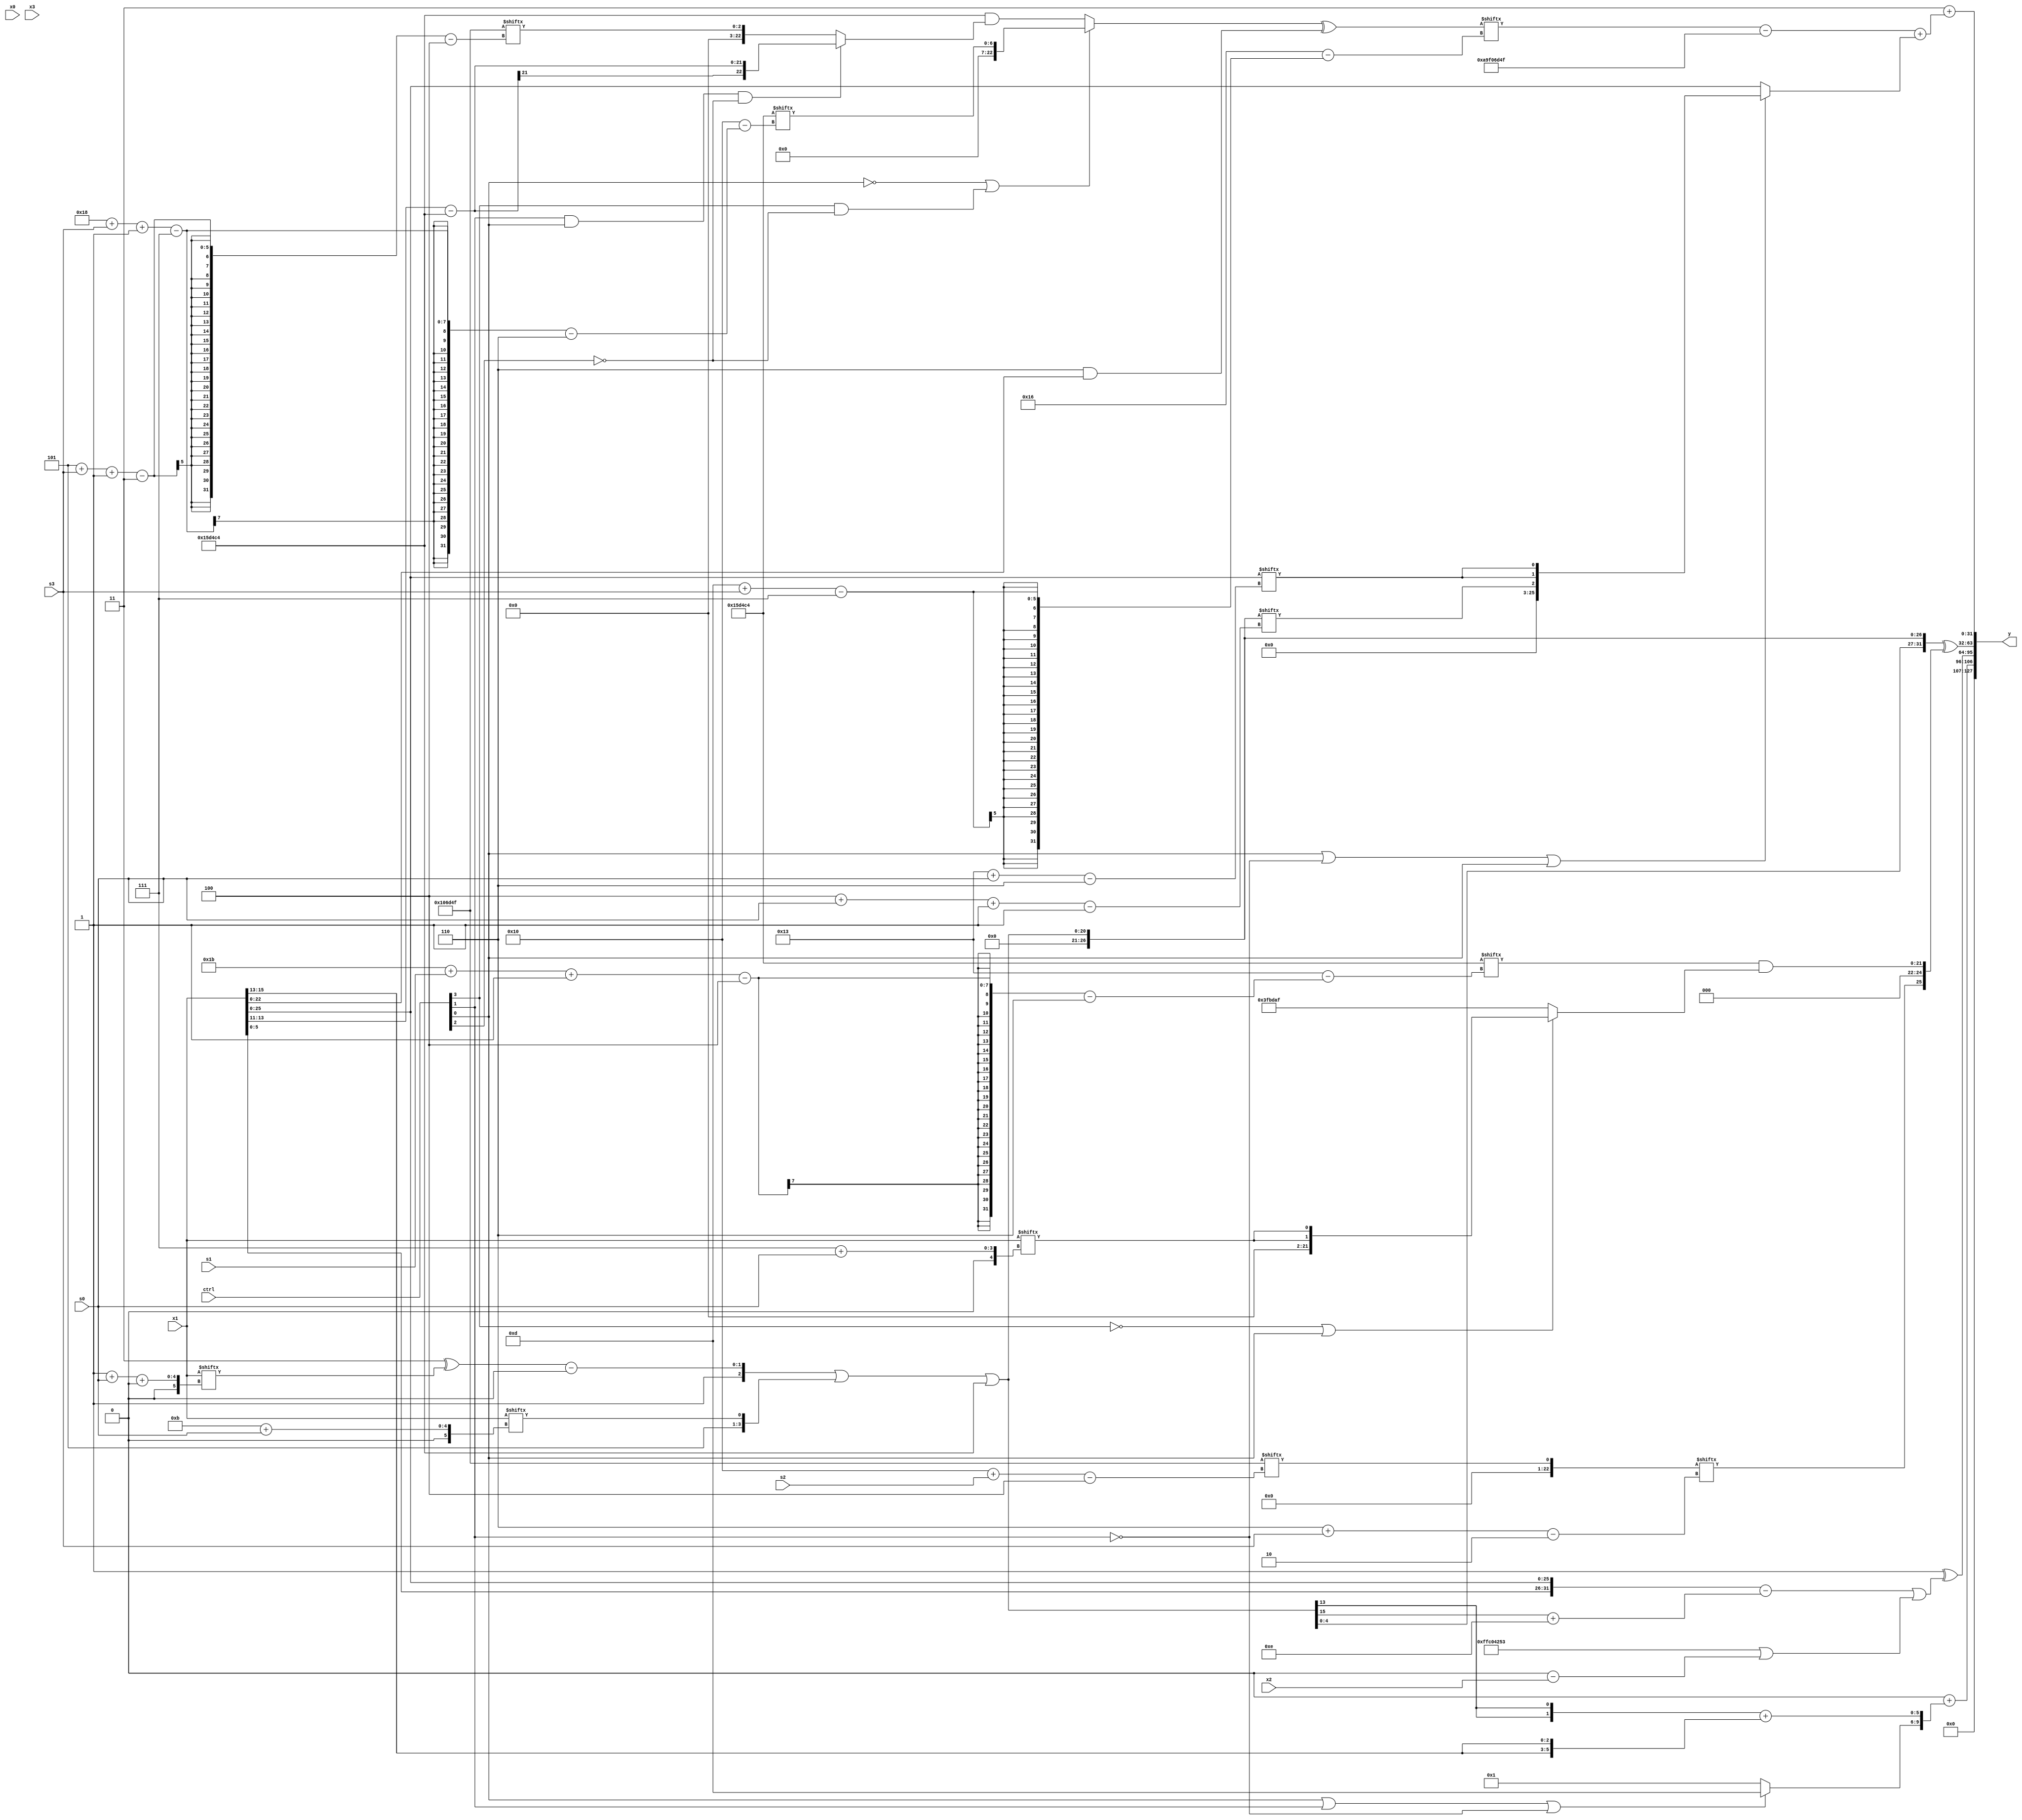
module partsel_00739(ctrl, s0, s1, s2, s3, x0, x1, x2, x3, y);
  input [3:0] ctrl;
  input [2:0] s0;
  input [2:0] s1;
  input [2:0] s2;
  input [2:0] s3;
  input signed [31:0] x0;
  input signed [31:0] x1;
  input signed [31:0] x2;
  input signed [31:0] x3;
  wire [31:6] x4;
  wire [26:0] x5;
  wire [7:29] x6;
  wire signed [28:6] x7;
  wire signed [24:2] x8;
  wire signed [28:7] x9;
  wire signed [6:28] x10;
  wire signed [6:25] x11;
  wire [7:25] x12;
  wire signed [29:3] x13;
  wire [0:26] x14;
  wire [4:28] x15;
  output [127:0] y;
  wire [31:0] y0;
  wire signed [31:0] y1;
  wire [31:0] y2;
  wire [31:0] y3;
  assign y = {y0,y1,y2,y3};
  localparam [6:28] p0 = 588633284;
  localparam signed [28:4] p1 = 104840623;
  localparam [25:1] p2 = 3599634;
  localparam signed [24:4] p3 = 632319311;
  assign x4 = {2{x1}};
  assign x5 = (({p1[20 -: 1], ((p1[19 +: 2] ^ x1[1 + s0 +: 1]) - p3[23 -: 1])} | {p2[18 -: 3], x1[11 + s0]}) | p0);
  assign x6 = ((!ctrl[0] || ctrl[3] && !ctrl[2] ? p0[24 + s3 -: 7] : (p0 & (ctrl[1] && ctrl[0] && !ctrl[2] ? (x4[19 -: 3] - p0) : p3[5 + s3 -: 3]))) ^ (p2[19 -: 3] & x4));
  assign x7 = (!ctrl[3] && ctrl[2] || !ctrl[0] ? (((ctrl[2] && ctrl[2] || !ctrl[3] ? x3 : (!ctrl[1] && !ctrl[1] && !ctrl[2] ? x4[19] : (x3[22] - (x6[14 + s0] + x0[4 + s1])))) & p2) + {2{(!ctrl[0] || ctrl[2] || !ctrl[0] ? {2{p3}} : {x1[20 -: 3], (p1 + p3[17])})}}) : (p0[17] & p1[17 +: 1]));
  assign x8 = p3[16 + s2];
  assign x9 = ({p3, (p2[18] + {2{{p3, x4[21]}}})} - (ctrl[1] && ctrl[1] || ctrl[0] ? p3[1 + s0 -: 8] : x4[8 +: 3]));
  assign x10 = x0[15];
  assign x11 = p3[20 -: 1];
  assign x12 = {2{((x4 & {2{(x3 + ((x1[7 + s1 -: 1] + x3[29 + s2 +: 1]) ^ (x6 | p2[21 -: 4])))}}) | (x4[3 + s1 -: 5] ^ p2[17]))}};
  assign x13 = (ctrl[1] && !ctrl[0] || !ctrl[0] ? (p0[6 + s2 -: 7] - (p1[15 + s2 -: 5] ^ p3[13 + s2 -: 4])) : ({2{(!ctrl[3] || ctrl[1] && ctrl[3] ? {(p2[16] + x1[14 + s0 -: 7]), (p1[17 -: 1] ^ (x0[8 +: 2] ^ (x1[8 + s0] ^ p2[16 + s0 -: 7])))} : p1)}} - x2[21]));
  assign x14 = (ctrl[3] || !ctrl[1] && !ctrl[1] ? x7 : x7[18 + s2]);
  assign x15 = {2{p2[16 -: 3]}};
  assign y0 = (x10[21 -: 1] + {(ctrl[0] || ctrl[1] || !ctrl[1] ? p0[13 +: 4] : p1[23]), ({2{x5[13]}} + {2{x1[13 +: 3]}})});
  assign y1 = (p0[8] ^ {2{(({2{x4}} - (x5[15 -: 1] + p1[21 -: 4])) | ((p2[18 -: 2] - p1) | {2{(x10[12 -: 2] - x2)}}))}});
  assign y2 = ({2{{2{{2{x5}}}}}} ^ {x8[6 + s3], (p0[27 + s1 -: 4] & (!ctrl[3] || !ctrl[3] || ctrl[0] ? {2{x1[7 + s0]}} : p1))});
  assign y3 = ({2{p1[14]}} + ((x6[13 + s3] - {2{{2{p3}}}}) + (ctrl[0] || !ctrl[1] || ctrl[0] ? {x5[4 + s0 -: 1], {2{x4[19 + s0]}}} : x4)));
endmodule